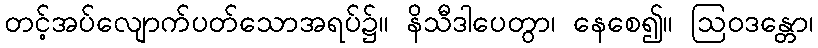
တင့်အပ်လျောက်ပတ်သောအရပ်၌။ နိသီဒါပေတွာ၊ နေစေ၍။ ဩဝဒန္တော၊